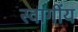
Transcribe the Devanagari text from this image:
स्वागींय